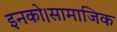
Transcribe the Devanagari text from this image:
इनको।सामाजिक